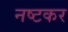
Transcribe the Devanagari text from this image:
नष्टकर